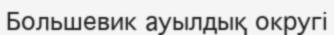
Большевик ауылдық округі